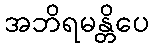
အဘိရမန္တိပေ